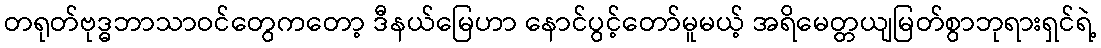
တရုတ်ဗုဒ္ဓဘာသာဝင်တွေကတော့ ဒီနယ်မြေဟာ နောင်ပွင့်တော်မူမယ့် အရိမေတ္တယျမြတ်စွာဘုရားရှင်ရဲ့